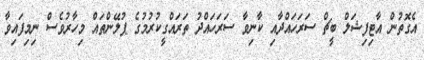
އެގޮތުން އާޓިފިޝަލް ބީޗް ސަރަހައްދާއި ކާނިވާ ސަރަހައްދު ތަރައްގީކުރުމުގެ ޕުލޭންތައް މިހާރުވެސް ނިމިފައިވާ